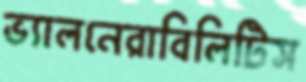
ভ্যালনেরাবিলিটিস